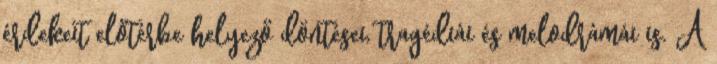
érdekeit előtérbe helyező döntései, tragédiái és melodrámái is. A